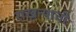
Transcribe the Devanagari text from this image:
राखन्याची